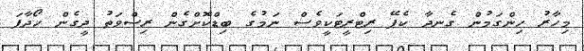
މިހާރު ހިންގަމުން ގެނދާ ކެފޭ ރިޓްރީޓަކީވެސް ނަމުގެ ބިޑްކޮށްގެން ރިސްވަތު ދީގެން ހޯދާފަ